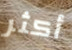
أكثر